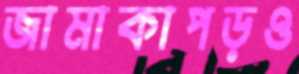
জামাকাপড়ও